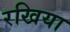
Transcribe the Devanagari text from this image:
रखिया